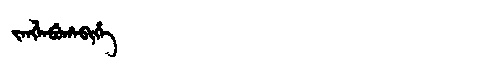
Manchu: ᠵᠠᠩᠯᠠᠪᡠᡥᠠᠪᡳᡥᡝ
Romanization: JANGLABUHABIHE